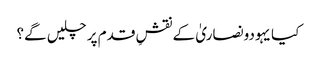
کیا یہودونصاریٰ کے نقشِ قدم پر چلیں گے؟